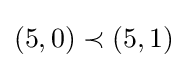
(5,0)\prec (5,1)